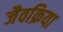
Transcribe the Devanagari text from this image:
जैवक्रिया